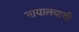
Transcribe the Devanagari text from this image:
नायालयाची